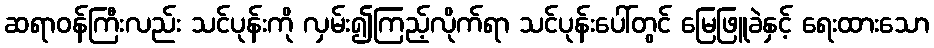
ဆရာဝန်ကြီးလည်း သင်ပုန်းကို လှမ်း၍ကြည့်လိုက်ရာ သင်ပုန်းပေါ်တွင် မြေဖြူခဲနှင့် ရေးထားသော